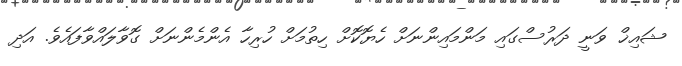
ޝައިޚް ވަނީ ދަރުސްގައި މަންމައިންނަށް ހެޔޮކޮށް ހިތުމަށް ހުރިހާ އެންމެންނަށް ގޮވާލައްވާފައެވެ. އަދި